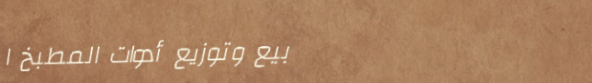
بيع وتوزيع أدوات المطبخ ا